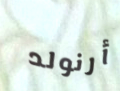
أرنولد